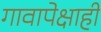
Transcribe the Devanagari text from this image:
गावापेक्षाही